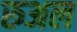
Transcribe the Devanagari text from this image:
रुअल